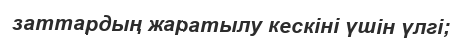
заттардың жаратылу кескіні үшін үлгі;